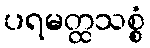
ပရမတ္ထသစ္စံ